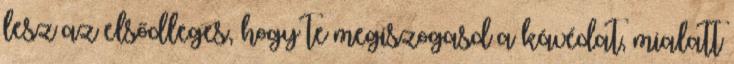
lesz az elsődleges, hogy te megiszogasd a kávédat, mialatt